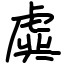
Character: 虡